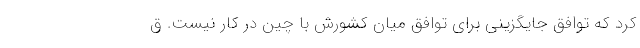
کرد که توافق جایگزینی برای توافق میان کشورش با چین در کار نیست. ق